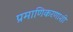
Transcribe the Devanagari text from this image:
प्रमाणिकरणाशी